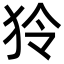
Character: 狑